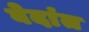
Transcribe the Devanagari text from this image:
बेदांत